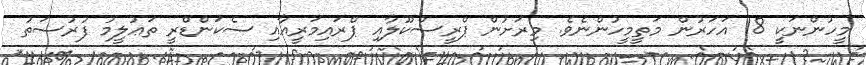
މީހުންނަކީ 18 އަހަރުން މަތީމީހުންނެވެ. މިރަށުން ޕްރީސްކޫލާއި ޕްރައިމަރީއާއި ސެކަންޑްރީ ތަޢުލީމު ފުރުސަތު